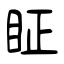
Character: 眐